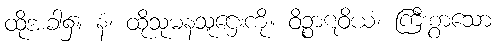
ထိုအခါ၌။ နံ၊ ထိုသုမနသူဌေးကို။ ဝိဉ္စာဋဝိယံ၊ ကြီးစွာသော